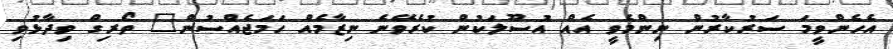
އެހެންވީމަ ސަރުކާރުން ނިންމެވީ އެއް އުސޫލަކުން ކުރެވޭނެ ނިޒާމެއް ހަމަޖެއްސުން" ތޯރިގް ވިދާޅުވި